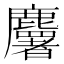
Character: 𪋰